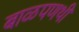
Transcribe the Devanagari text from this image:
बाळपणथी